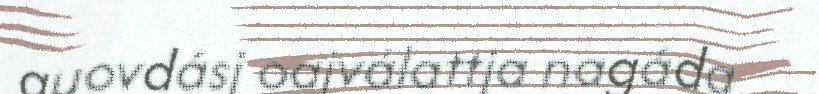
guovdásj oajválattja nagáda